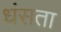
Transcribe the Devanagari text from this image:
धंसता